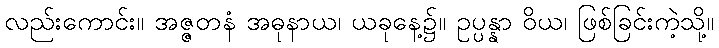
လည်းကောင်း။ အဇ္ဇတနံ အဓုနာယ၊ ယခုနေ့၌။ ဥပ္ပန္နာ ဝိယ၊ ဖြစ်ခြင်းကဲ့သို့။